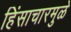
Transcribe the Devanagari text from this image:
हिंसाचारमुळे